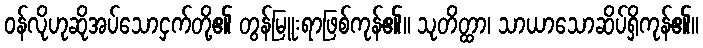
ဝန်လိုဟုဆိုအပ်သောငှက်တို့၏ တွန်မြူးရာဖြစ်ကုန်၏။ သုတိတ္ထာ၊ သာယာသောဆိပ်ရှိကုန်၏။